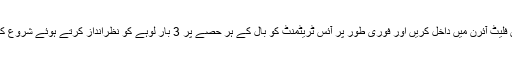
انہیں فلیٹ آئرن میں داخل کریں اور فوری طور پر آئس ٹریٹمنٹ کو بال کے ہر حصے پر 3 بار لوہے کو نظرانداز کرتے ہوئے شروع کریں۔